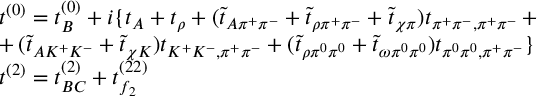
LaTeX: \begin{array} { l } { { t ^ { ( 0 ) } = t _ { B } ^ { ( 0 ) } + i \{ t _ { A } + t _ { \rho } + ( \tilde { t } _ { A \pi ^ { + } \pi ^ { - } } + \tilde { t } _ { \rho \pi ^ { + } \pi ^ { - } } + \tilde { t } _ { \chi \pi } ) t _ { \pi ^ { + } \pi ^ { - } , \pi ^ { + } \pi ^ { - } } \, + } } \\ { { + \, ( \tilde { t } _ { A K ^ { + } K ^ { - } } + \tilde { t } _ { \chi K } ) t _ { K ^ { + } K ^ { - } , \pi ^ { + } \pi ^ { - } } + ( \tilde { t } _ { \rho \pi ^ { 0 } \pi ^ { 0 } } + \tilde { t } _ { \omega \pi ^ { 0 } \pi ^ { 0 } } ) t _ { \pi ^ { 0 } \pi ^ { 0 } , \pi ^ { + } \pi ^ { - } } \} } } \\ { { t ^ { ( 2 ) } = t _ { B C } ^ { ( 2 ) } + t _ { f _ { 2 } } ^ { ( 2 2 ) } } } \end{array}